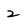
Character: 2